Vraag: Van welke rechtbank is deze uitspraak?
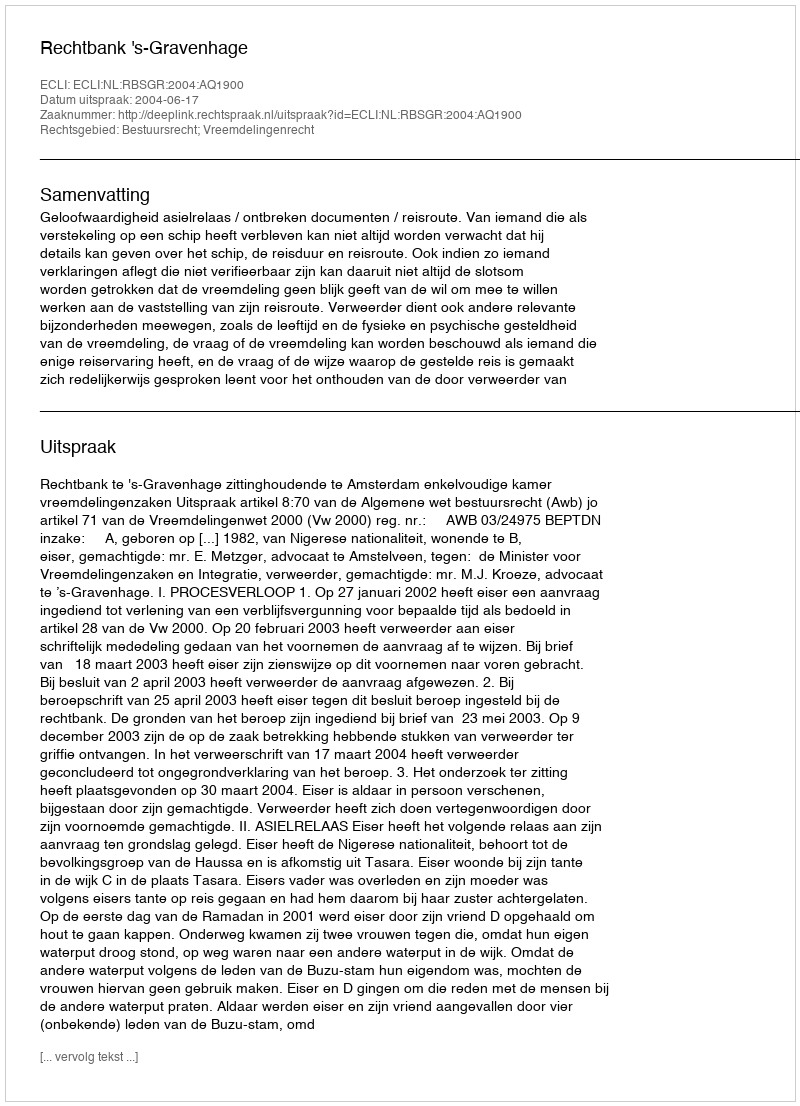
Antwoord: Rechtbank 's-Gravenhage